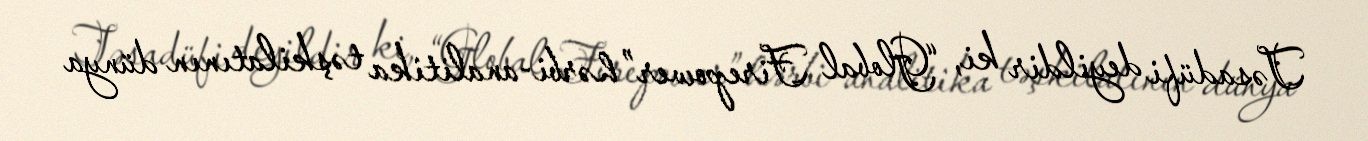
Təsadüfi deyildir ki, “Global Firepower” hərbi-analitika təşkilatının dünya